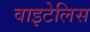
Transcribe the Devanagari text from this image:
वाइटेलिस